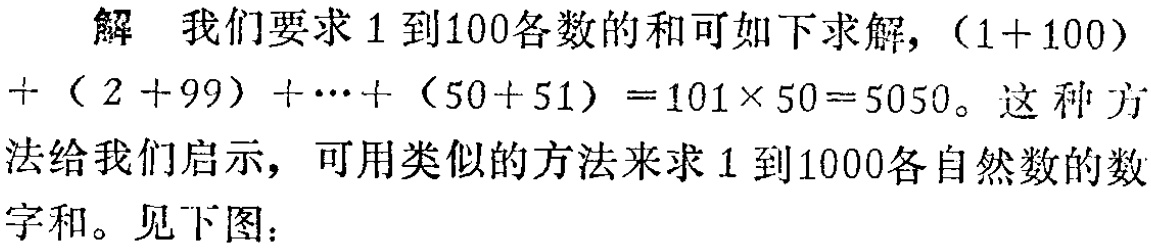
解 我们要求1到100各数的和可如下求解, \((1 + 100)+(2 + 99)+\cdots+(50 + 51)=101\times50 = 5050\)。这种方法给我们启示，可用类似的方法来求1到1000各自然数的数字和。见下图：